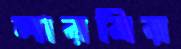
লারবির